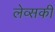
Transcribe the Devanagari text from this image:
लेव्‍सकी